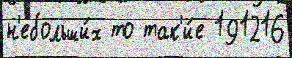
н'ебольши́х то так'и́е 191216